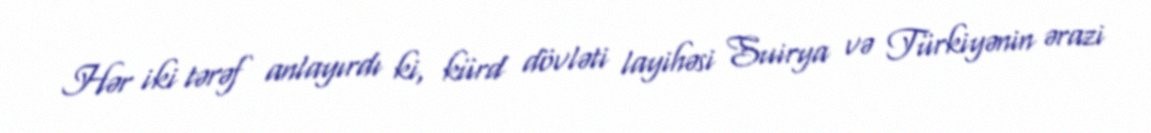
Hər iki tərəf anlayırdı ki, kürd dövləti layihəsi Suirya və Türkiyənin ərazi